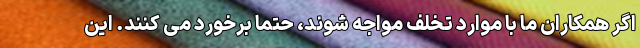
اگر همکاران ما با موارد تخلف مواجه شوند، حتما برخورد می کنند. این